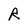
Character: R